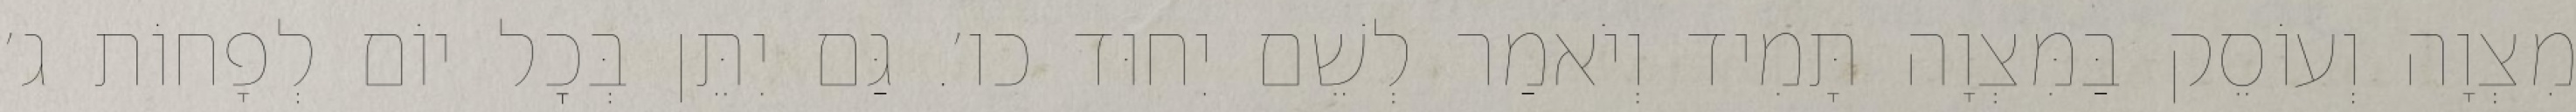
מִצְוָה וְעוֹסֵק בַּמִּצְוָה תָּמִיד וְיֹאמַר לְשֵׁם יִחוּד כו׳. גַּם יִתֵּן בְּכׇל יוֹם לְפָחוֹת ג׳